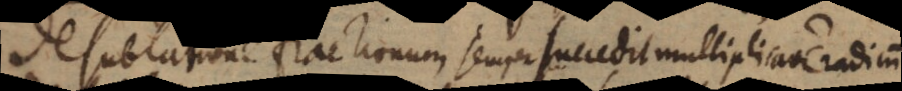
De sublatione fractionum, semper succedit multiplicatione radicum.